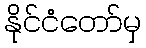
နိုင်ငံတော်မှ